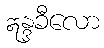
ဣန္ဒခီလော